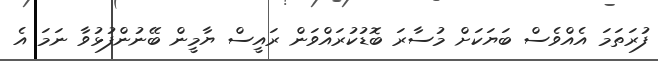
ފުރަތަމަ އެއްވެސް ބަޔަކަށް މުސާރަ ބޮޑުކުރައްވަން ރައީސް ޔާމީން ބޭނުންފުޅުވާ ނަމަ އެ